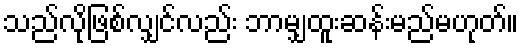
သည်လိုဖြစ်လျှင်လည်း ဘာမျှထူးဆန်းမည်မဟုတ်။